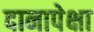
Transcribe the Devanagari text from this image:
दानापेक्षा